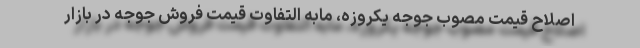
اصلاح قیمت مصوب جوجه یکروزه، مابه التفاوت قیمت فروش جوجه در بازار